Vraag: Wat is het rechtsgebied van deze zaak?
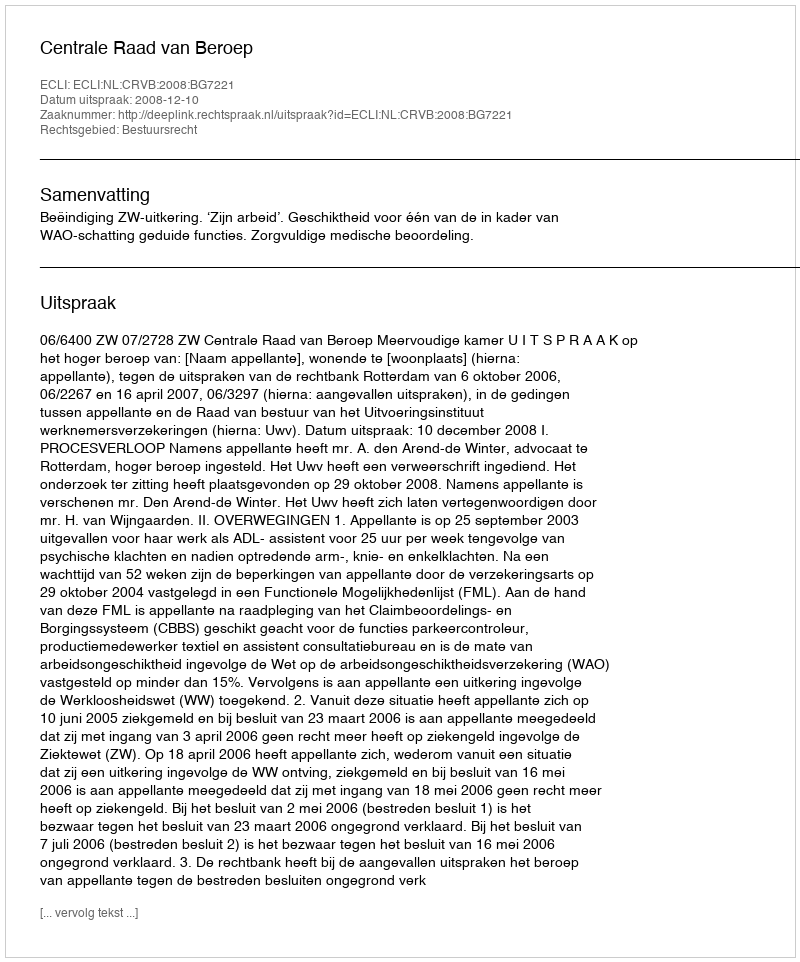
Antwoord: Bestuursrecht